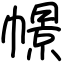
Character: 幜